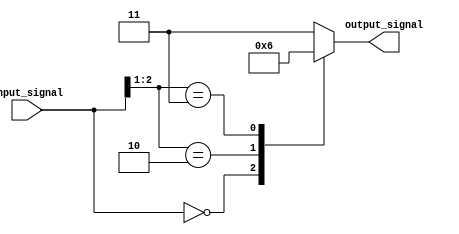
module CasezStatement(
    input [2:0] input_signal,
    output reg [1:0] output_signal
);

always @* begin
    casez(input_signal)
        3'b000: output_signal = 2'b00;  // Exact matching condition
        3'b10?: output_signal = 2'b01;   // "Don't care" matching condition
        3'b11?: output_signal = 2'b10;   // Another "don't care" matching condition
        default: output_signal = 2'b11;  // Default value if no condition is met
    endcase
end

endmodule